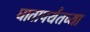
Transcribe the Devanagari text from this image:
घातापर्यंतच्या